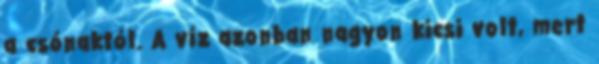
a csónaktól. A víz azonban nagyon kicsi volt, mert